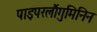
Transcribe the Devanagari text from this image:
पाइपरलौंगुमिनिन